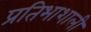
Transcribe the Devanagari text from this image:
प्रतिभाशाली